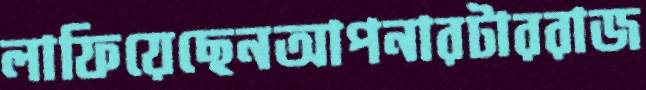
লাফিয়েছেনআপনারটাররাজ